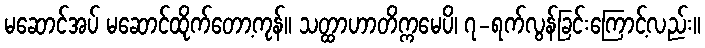
မဆောင်အပ် မဆောင်ထိုက်တော့ကုန်။ သတ္ထာဟာတိက္ကမေပိ၊ ၇-ရက်လွန်ခြင်းကြောင့်လည်း။